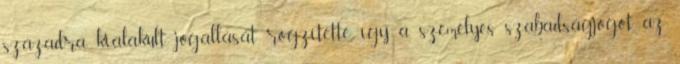
századra kialakult jogállását rögzítette, így a személyes szabadságjogot, az